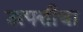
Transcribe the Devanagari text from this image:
उत्पत्तीचा